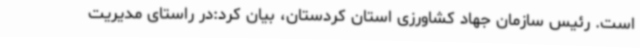
است. رئیس سازمان جهاد کشاورزی استان کردستان، بیان کرد:در راستای مدیریت